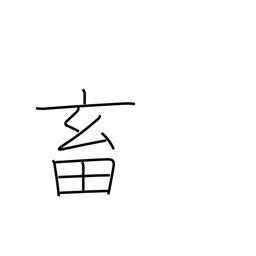
Meaning: domestic fowl and animals